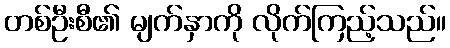
တစ်ဦးစီ၏ မျက်နှာကို လိုက်ကြည့်သည်။